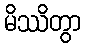
မိဿိတွာ